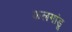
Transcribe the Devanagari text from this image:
कलगांडू